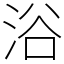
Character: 浴